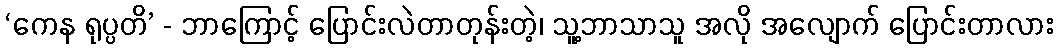
‘ကေန ရုပ္ပတိ’ - ဘာကြောင့် ပြောင်းလဲတာတုန်းတဲ့၊ သူ့ဘာသာသူ အလို အလျောက် ပြောင်းတာလား